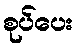
စုပ်ပေး